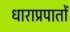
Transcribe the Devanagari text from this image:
धाराप्रपातों